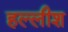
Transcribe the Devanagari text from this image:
हल्लीश